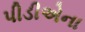
પીડીએના